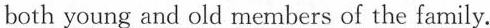
both young and old members of the family.